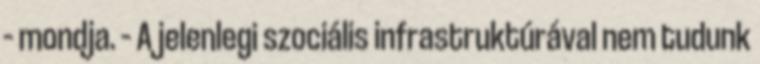
– mondja. – A jelenlegi szociális infrastruktúrával nem tudunk